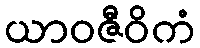
ယာဝဇီဝိကံ